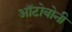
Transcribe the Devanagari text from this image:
ऑटोबोनी